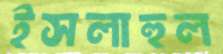
ইসলাহুল